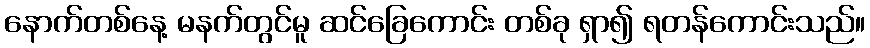
နောက်တစ်နေ့ မနက်တွင်မူ ဆင်ခြေကောင်း တစ်ခု ရှာ၍ ရတန်ကောင်းသည်။